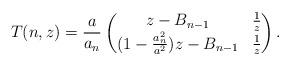
LaTeX: \begin{align*}T(n,z)=\frac{a}{a_n}\begin{pmatrix}z-B_{n-1}&\frac{1}{z}\\(1-\frac{a_n^2}{a^2})z-B_{n-1}&\frac{1}{z}\end{pmatrix}.\end{align*}